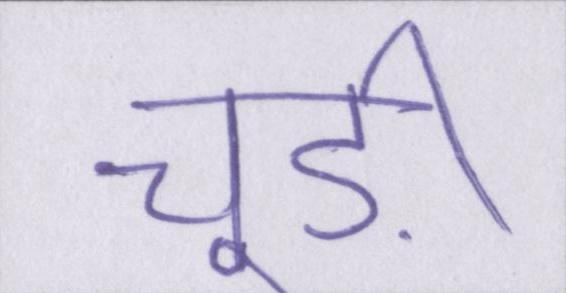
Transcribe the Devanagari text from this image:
चूड़ी